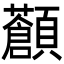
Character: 𩕹